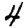
Digit: 4